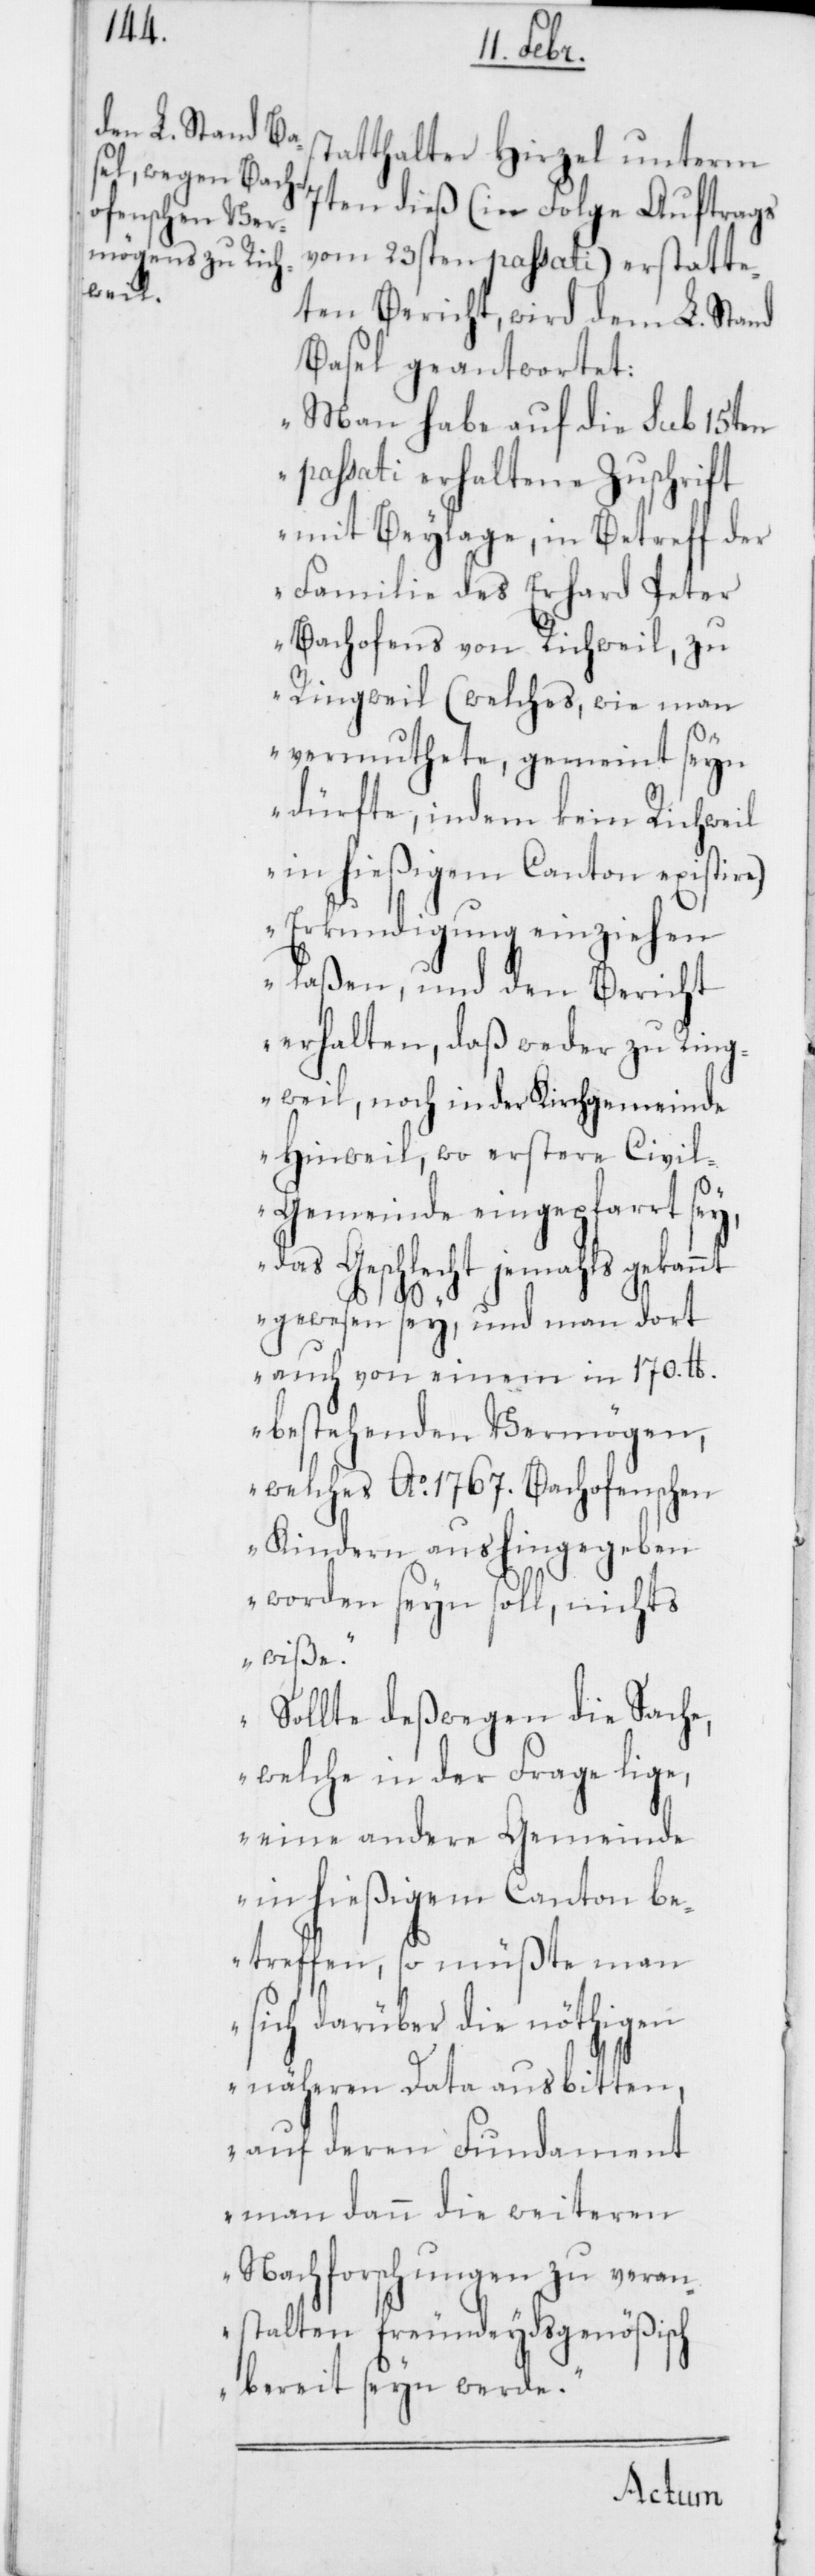
s¬
tatthalter Hirzel unterm
7ten dieß (in Folge Auftrags
vom 23sten passati) erstatte¬
ten Bericht, wird dem L. Stand
Basel geantwortet:
„Man habe auf die sub 15ten
passati erhaltene Zuschrift
mit Beylage, in Betreff der
Familie des Erhard Peter
Bachofens von Richweil zu
Ringweil (welches, wie man
vermuthete, gemeint seyn
dürfte, indem kein Richweil
in hießigem Canton existire)
Erkundigung einziehen
laßen, und den Bericht
erhalten, daß weder zu Ring¬
weil, noch in der Kirchgemeinde
Hinweil, wo erstere Civi¬
l-Gemeinde eingepfarrt sey,
das Geschlecht jemahls gekan¬
nt gewesen sey, und man dort
auch von einem in 170. lb.
bestehenden Vermögen,
welches Ao. 1767. Bachofenschen
Kindern aushingegeben
worden seyn soll, nichts
wiße.
Sollte deßwegen die Sache,
welche in der Frage lige,
eine andere Gemeinde
in hießigem Canton be¬
treffen, so müßte man
sich darüber die nöthigen
näheren Data ausbitten,
auf deren Fundament
man dann die weiteren
Nachforschungen zu veran¬
stalten freundeydsgenößisch
bereit seyn werde.“